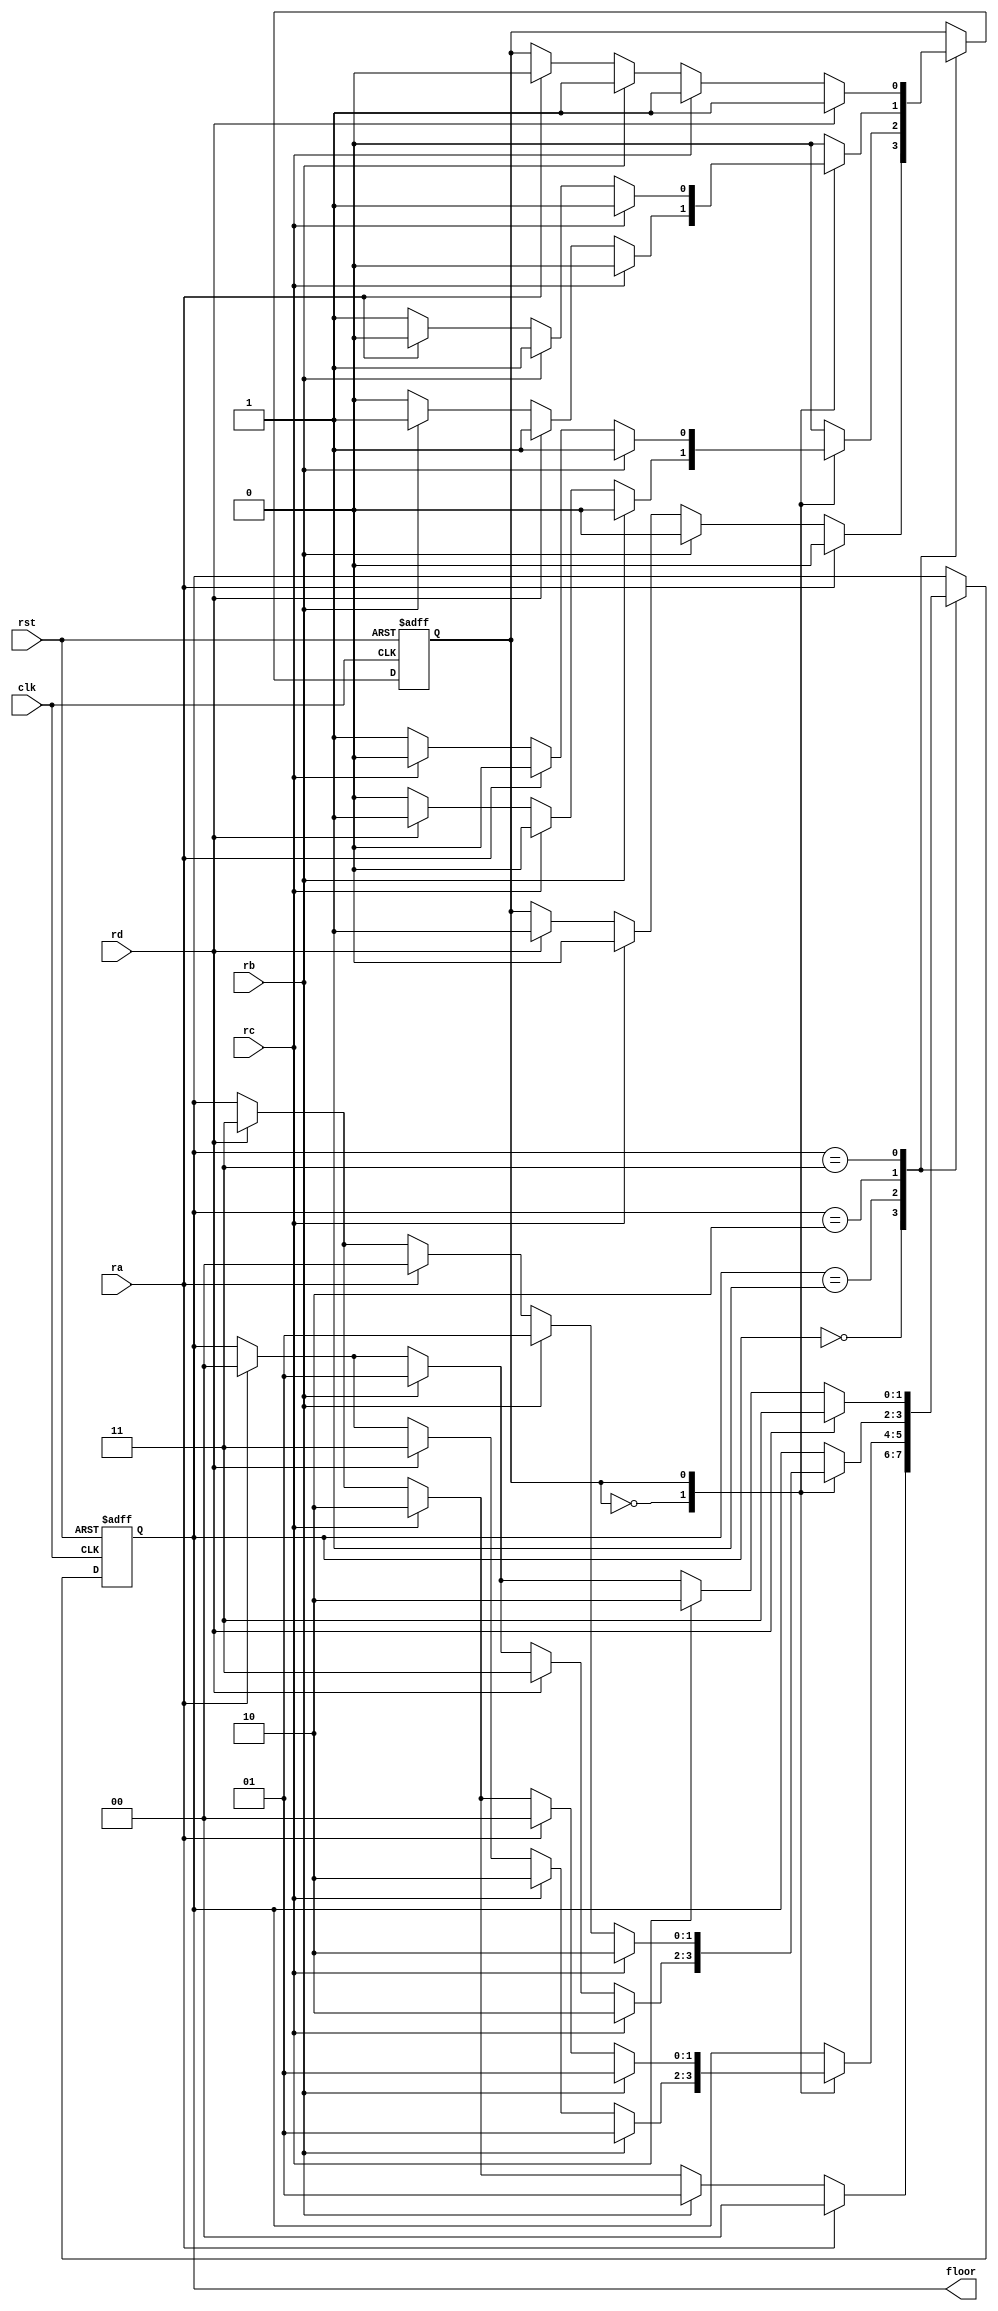
module elevator(input clk, rst, ra, rb, rc, rd, output [1:0] floor);
// ra, rb, rc, rd are request from related floors A, B, C, D
parameter A=0, B=1, C=2, D=3;
reg [1:0]state;
reg dir;
parameter UP=0, DO=1;
//STATE DECLARATION
always @(posedge clk or posedge rst) begin
 if (rst) state <=A;
 else begin
  case (state)
    A: case (1)
	  ra: state <= A;
	  rb: state <= B;
	  rc: state <= C;
	  rd: state <= D;
    endcase
	B: case (dir)
	  UP: case (1) 
	    rb: state <= B;
	    rc: state <= C;
	    rd: state <= D;
	    ra: state <= A;
	  endcase
	  DO: case (1)
        rb: state <= B;
        ra: state <= A;
        rc: state <= C;
        rd: state <= D;
      endcase
	endcase
	C: case (dir)
	  UP: case (1)
		rc: state <= C;
		rd: state <= D;
		rb: state <= B;
		ra: state <= A;
	  endcase
	  DO: case (1)
		rc: state <= C;
		rb: state <= B;
		ra: state <= A; 
		rd: state <= D;
	  endcase
	endcase
    D: case (1)
	  rd: state <= D;
	  rc: state <= C;
	  rb: state <= B;
	  ra: state <= A;
    endcase
  endcase
 end
end
//FUNCTION WORKED IN RELATED STATES always @(posedge clk or posedge ist)
always @(posedge clk or posedge rst) begin
 if (rst) dir <= A;
 else begin
  case (state)
	A: case (1)
	  ra: dir <= UP;
	  rb: dir <= UP;
	  rc: dir <= UP;
	  rd: dir <= DO;
	  endcase
	B: case (dir)
	  UP: case (1)
		rb: dir <= UP;
		rc: dir <= UP;
		rd: dir <= DO;
		ra: dir <= UP;
	  endcase
	  DO: case (1)
		rb: dir <= DO;
		ra: dir <= UP;
		rc: dir <= UP;
		rd: dir <= DO;
	  endcase
	endcase
	C: case (dir)
	  UP: case (1)
		rc: dir <= UP;
		rd: dir <= DO;
		rb: dir <= DO;
		ra: dir <= UP;
	  endcase
	  DO: case (1)
		rc: dir <= DO;
		rb: dir <= DO;
		ra: dir <= UP; 
		rd: dir <= DO;
	  endcase
	endcase
	D: case (1)
	  rd: dir <= DO;
	  rc: dir <= DO;
	  rb: dir <= DO;
	  ra: dir <= UP;
	endcase
  endcase
 end
end
assign floor = state;
endmodule